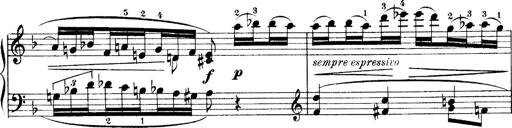
Title: 4 Sonatines
Composer: Max Reger